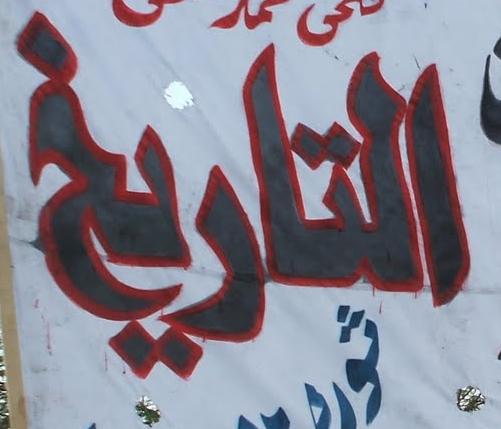
التاريخ